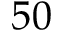
5 0